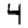
Digit: 4